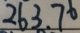
2 6 3 . 7 6